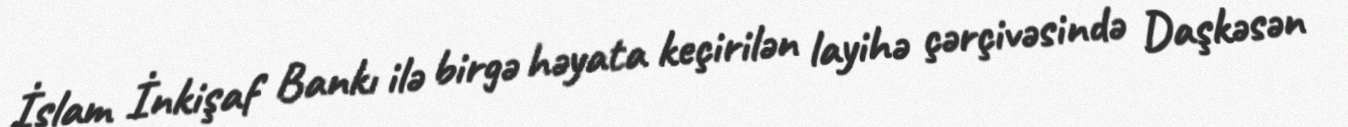
İslam İnkişaf Bankı ilə birgə həyata keçirilən layihə çərçivəsində Daşkəsən